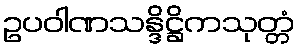
ဥပဝါဏသန္ဒိဋ္ဌိကသုတ္တံ